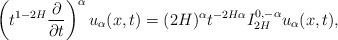
LaTeX: \begin{align*}\left(t^{1-2H}\frac{\partial}{\partial t}\right)^{\alpha} u_{\alpha}(x,t)=(2H)^{\alpha}t^{-2H\alpha}I^{0,-\alpha}_{2H}u_{\alpha}(x,t),\end{align*}